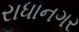
રાધાનગર